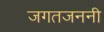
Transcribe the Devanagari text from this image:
जगतजननी